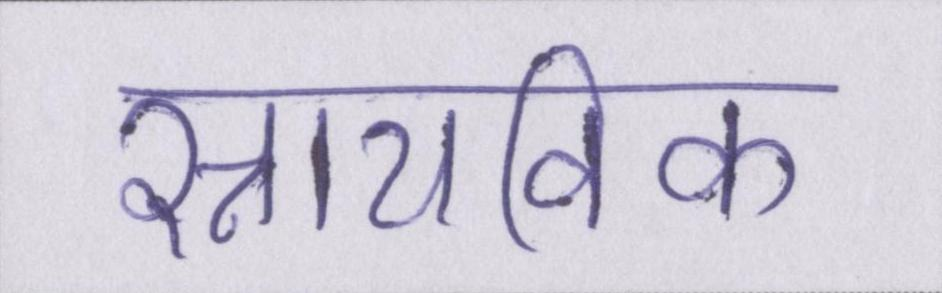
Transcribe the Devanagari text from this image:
स्नायविक